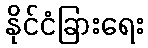
နိုင်ငံခြားရေး